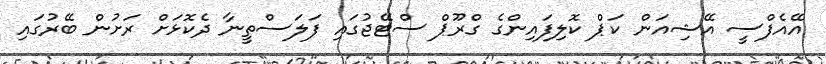
އޭއެފްސީ އޭޝިއަން ކަޕް ކޮލިފައިންގެ ގްރޫޕް ސްޓޭޖުގައި ފަލަސްތީނާ ދެކޮޅަށް ރަށުން ބޭރުގައި